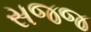
સજજ